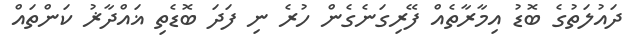
ދައުލަތުގެ ބޮޑު އިމާރާތެއް ފޭރިގަނެގެން ހުރެ ނި ފަދަ ބޮޑެތި ޣައްދާޜު ކަންތައް